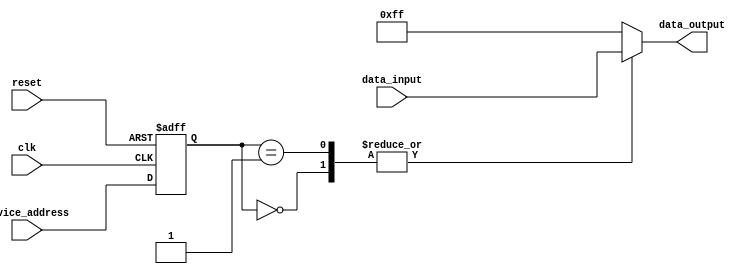
module ahb_controller(
    input wire clk,
    input wire reset,
    input wire [7:0] device_address,
    input wire [7:0] data_input,
    output reg [7:0] data_output
);

// Clock Generation and Synchronization
reg clk_divider;
reg [7:0] synchronized_data_input;
always @ (posedge clk or posedge reset) begin
    if (reset) begin
        clk_divider <= 1'b0;
        synchronized_data_input <= 8'h00;
    end else begin
        if (clk_divider == 8'd3) begin
            clk_divider <= 1'b0;
        end else begin
            clk_divider <= clk_divider + 1'b1;
        end
        
        synchronized_data_input <= data_input;
    end
end

// Bus Arbitration and Prioritization
reg [7:0] arbiter;
always @ (posedge clk or posedge reset) begin
    if (reset) begin
        arbiter <= 8'h00;
    end else begin
        arbiter <= device_address;
    end
end

// Error Checking and Correction
reg [7:0] error_data;
always @ (posedge clk or posedge reset) begin
    if (reset) begin
        error_data <= 8'h00;
    end else begin
        if (data_input != synchronized_data_input) begin
            error_data <= data_input;
        end else begin
            error_data <= 8'h00;
        end
    end
end

// Data Transfer
always @ (*) begin
    case (arbiter)
        8'h00: data_output = data_input; // Device 0 transfer
        8'h01: data_output = data_input; // Device 1 transfer
        // Add cases for other connected devices
        default: data_output = 8'hFF; // Default case
    endcase
end

endmodule